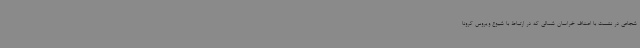
شجاعی در نشست با اصناف خراسان شمالی که در ارتباط با شیوع ویروس کرونا